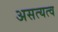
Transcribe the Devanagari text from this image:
असत्यत्व